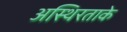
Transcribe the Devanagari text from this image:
अस्थिरताके